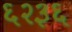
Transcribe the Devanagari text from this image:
६२३६